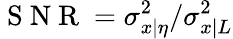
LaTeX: \mathrm{~S~N~R~}=\sigma_{x|\eta}^{2}/\sigma_{x|L}^{2}